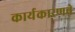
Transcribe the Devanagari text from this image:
कार्यकारणचे